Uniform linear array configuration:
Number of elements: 12
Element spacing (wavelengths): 0.75
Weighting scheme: hann
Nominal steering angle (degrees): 45
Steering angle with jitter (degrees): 45.837
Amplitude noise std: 0.05
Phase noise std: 0.05

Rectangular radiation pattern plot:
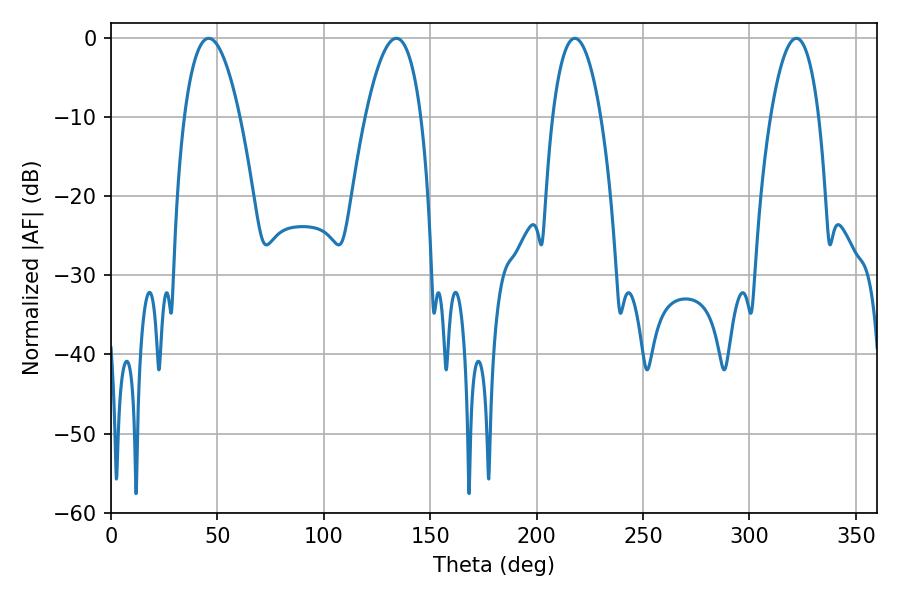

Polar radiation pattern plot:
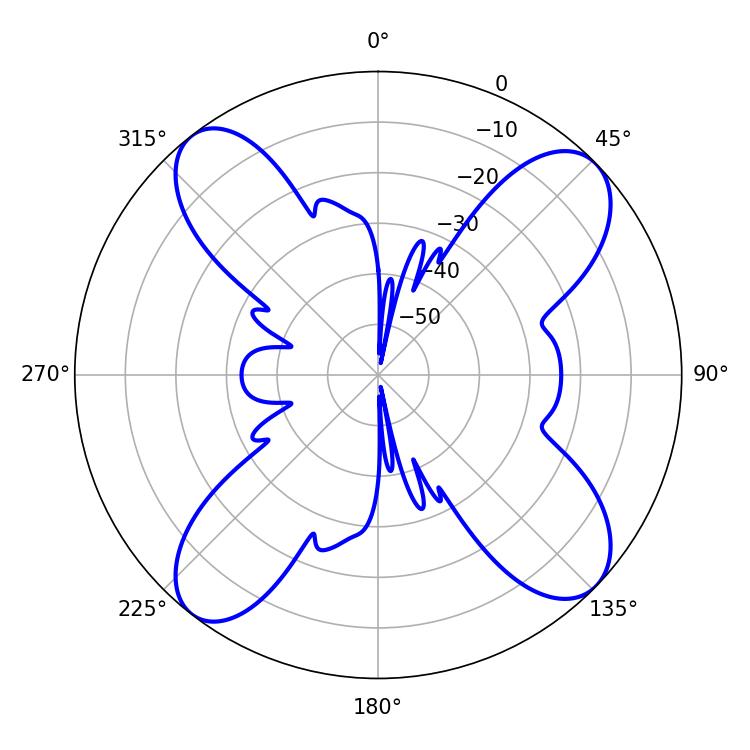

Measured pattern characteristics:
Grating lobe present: TRUE
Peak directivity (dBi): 12.921
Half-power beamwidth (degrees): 14.4
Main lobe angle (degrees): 45.9